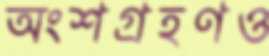
অংশগ্রহণও